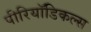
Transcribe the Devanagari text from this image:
पीरियॉडिकल्स